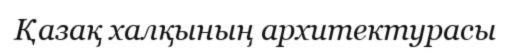
Қазақ халқының архитектурасы